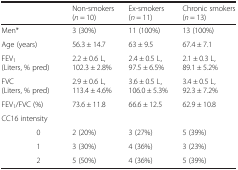
| <COLSPAN=2>  | Non-smokers(n = 10) | Ex-smokers(n = 11) | Chronic smokers(n = 13) |
 | --- | --- | --- | --- | --- |
 | <COLSPAN=2> Men* | 3 (30%) | 11 (100%) | 13 (100%) |
 | <COLSPAN=2> Age (years) | 56.3 ± 14.7 | 63 ± 9.5 | 67.4 ± 7.1 |
 | <COLSPAN=2> FEV1(Liters, % pred) | 2.2 ± 0.6 L,102.3 ± 2.8% | 2.4 ± 0.5 L,97.5 ± 6.5% | 2.1 ± 0.3 L,89.1 ± 5.2% |
 | <COLSPAN=2> FVC(Liters, % pred) | 2.9 ± 0.6 L,113.4 ± 4.6% | 3.6 ± 0.5 L,106.0 ± 5.3% | 3.4 ± 0.5 L,92.3 ± 7.2% |
 | <COLSPAN=2> FEV1/FVC (%) | 73.6 ± 11.8 | 66.6 ± 12.5 | 62.9 ± 10.8 |
 | <COLSPAN=5> CC16 intensity |
 |  | 0 | 2 (20%) | 3 (27%) | 5 (39%) |
 |  | 1 | 3 (30%) | 4 (36%) | 3 (23%) |
 |  | 2 | 5 (50%) | 4 (36%) | 5 (39%) |